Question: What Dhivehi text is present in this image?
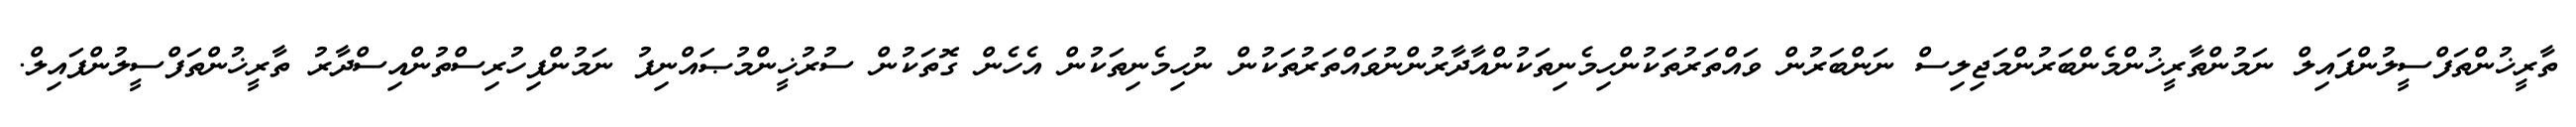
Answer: ތާރީޚުންތަފްސީލުންފައިލް ނަމުންތާރީޚުންމެންބަރުންމަޖިލިސް ނަންބަރުން ވައްތަރުތަކުންހިމެނިތަކުންއާދާރުންނުވައްތަރުތަކުން ނުހިމެނިތަކުން އެހެން ގޮތަކުން ސުރުޚީންމުޞައްނިފު ނަމުންފިހުރިސްތުންއިސްދާރު ތާރީޚުންތަފްސީލުންފައިލް.